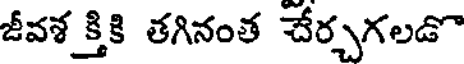
జీవశ క్తికి తగినంత చేర్చగలడొ